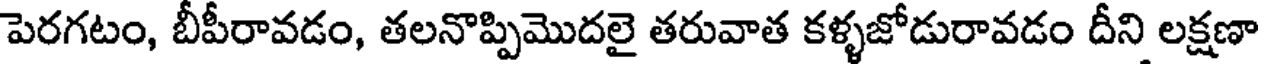
పెరగటం, బీపీరావడం, తలనొప్పిమొదలై తరువాత కళ్ళజోడురావడం దీని లక్షణా